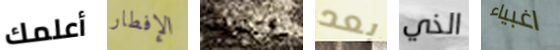
أعلمك الإفطار تحذيرية بعد الذي اغبياء